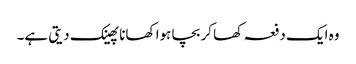
وہ ایک دفعہ کھا کر بچا ہوا کھانا پھینک دیتی ہے۔